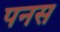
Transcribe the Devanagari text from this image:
पनस